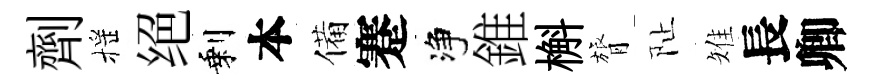
劑摇绝剩本備蹇净錐槲膂阯雉長卿